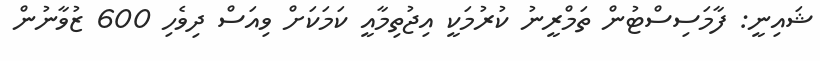
ޝައިނީ: ފާމަސިސްޓުން ތަމްރީނު ކުރުމަކީ އިޖުތިމާއީ ކަމަކަށް ވިއަސް ދިވެހި 600 ޒުވާނުން